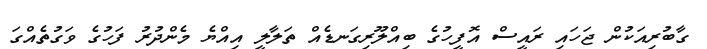
ގާބުރިއަކުން ޖަހައި ރައީސް އޮފީހުގެ ބިއްލޫރިގަނޑެއް ތަލާލީ އިއްޔެ މެންދުރު ފަހުގެ ވަގުތެއްގަ